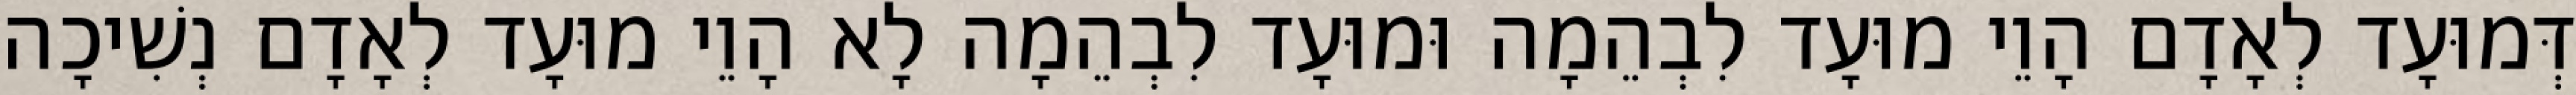
דְּמוּעָד לְאָדָם הָוֵי מוּעָד לִבְהֵמָה וּמוּעָד לִבְהֵמָה לָא הָוֵי מוּעָד לְאָדָם נְשִׁיכָה